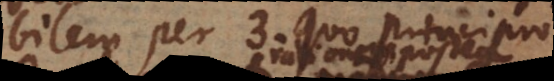
lem per 3. Quo principio